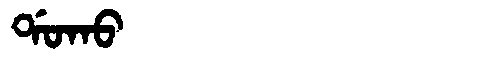
Manchu: ᡩᠣᡴᠣ
Romanization: DOKO